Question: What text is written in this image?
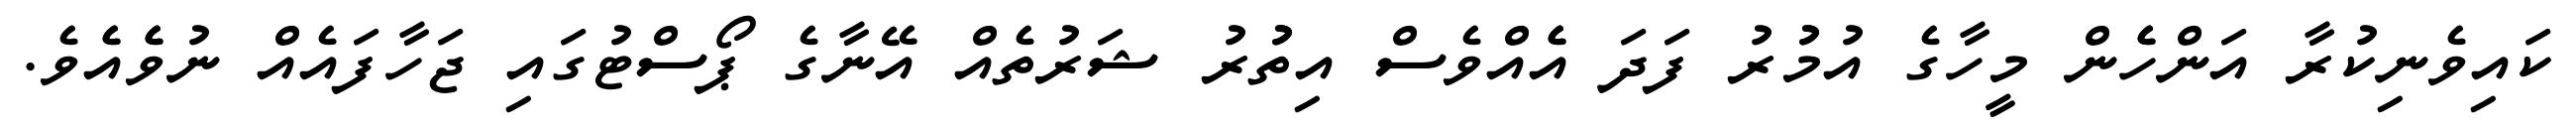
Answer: ކައިވެނިކުރާ އަންހެެން މީހާގެ އުމުުރު ފަދަ އެެއްވެސް އިތުުރު ޝަރުތެއް އޭނާގެ ޕޯސްޓުގައި ޖަހާފައެއް ނުވެެއެެވެ.